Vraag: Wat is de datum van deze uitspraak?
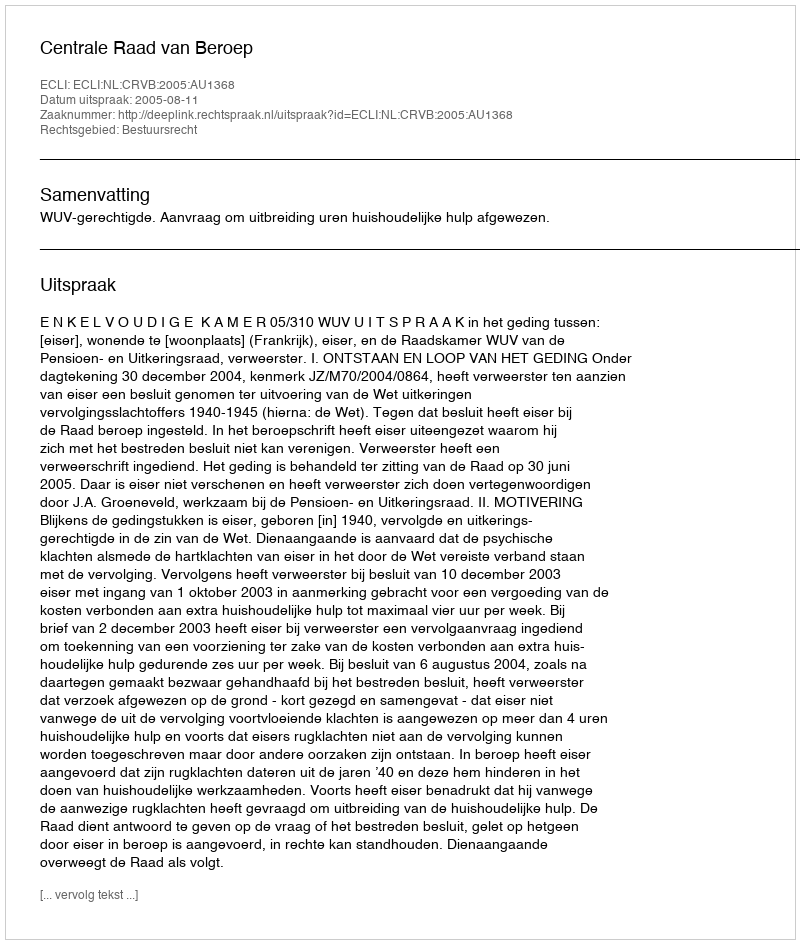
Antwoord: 2005-08-11